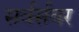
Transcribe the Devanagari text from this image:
सर्वर्सवर